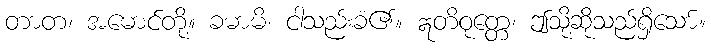
တာတ၊ အမောင်တို့။ ခမာမိ၊ ငါသည်းခံ၏။ ဣတိဝုတ္တေ၊ ဤသို့ဆိုသည်ရှိသော်။